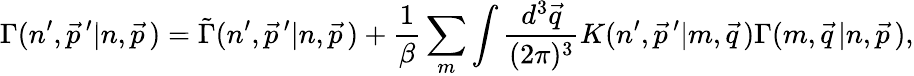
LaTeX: \Gamma(n^{\prime},\vec{p}\, ^{\prime}\vert n,\vec{p}\, )=\tilde{\Gamma}(n^{\prime},\vec{p}\, ^{\prime}\vert n,\vec{p}\, )+{\frac{1}{\beta}}\sum_{m}\int{\frac{d^{3}\vec{q}}{(2\pi)^{3}}}K(n^{\prime},\vec{p}\, ^{\prime}\vert m,\vec{q}\, )\Gamma(m,\vec{q}\, \vert n,\vec{p}\, ),